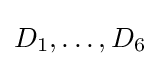
D_{1},\ldots ,D_{6}